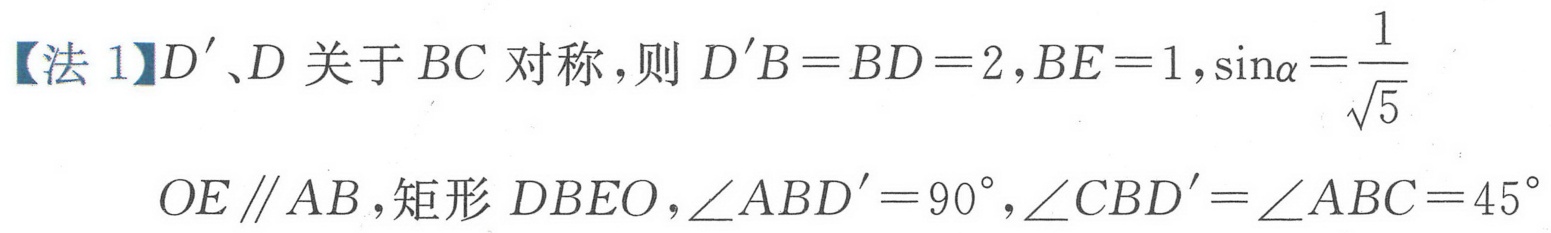
【法 1】\(D^{\prime}、D\) 关于 \(BC\) 对称，则 \(D^{\prime}B = BD = 2\)，\(BE = 1\)，\(\sin\alpha=\dfrac{1}{\sqrt{5}}\)
\(OE\parallel AB\)，矩形 \(DBEO\)，\(\angle ABD^{\prime}=90^{\circ}\)，\(\angle CBD^{\prime}=\angle ABC = 45^{\circ}\)